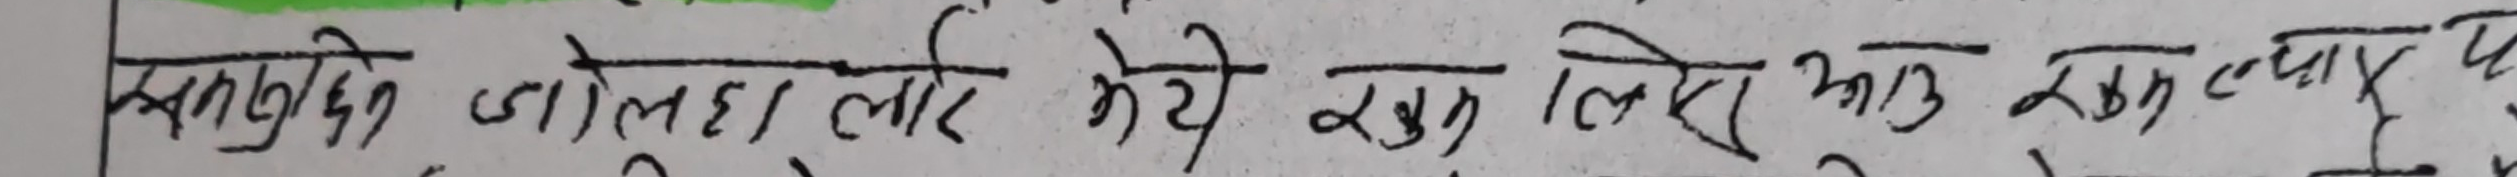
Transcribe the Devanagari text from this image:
कसुछन जालोहरा लरि भेटे खुसि लिए भाउ कुरा ट्याएर पा